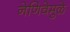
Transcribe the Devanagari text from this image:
नेणिवेमुळे